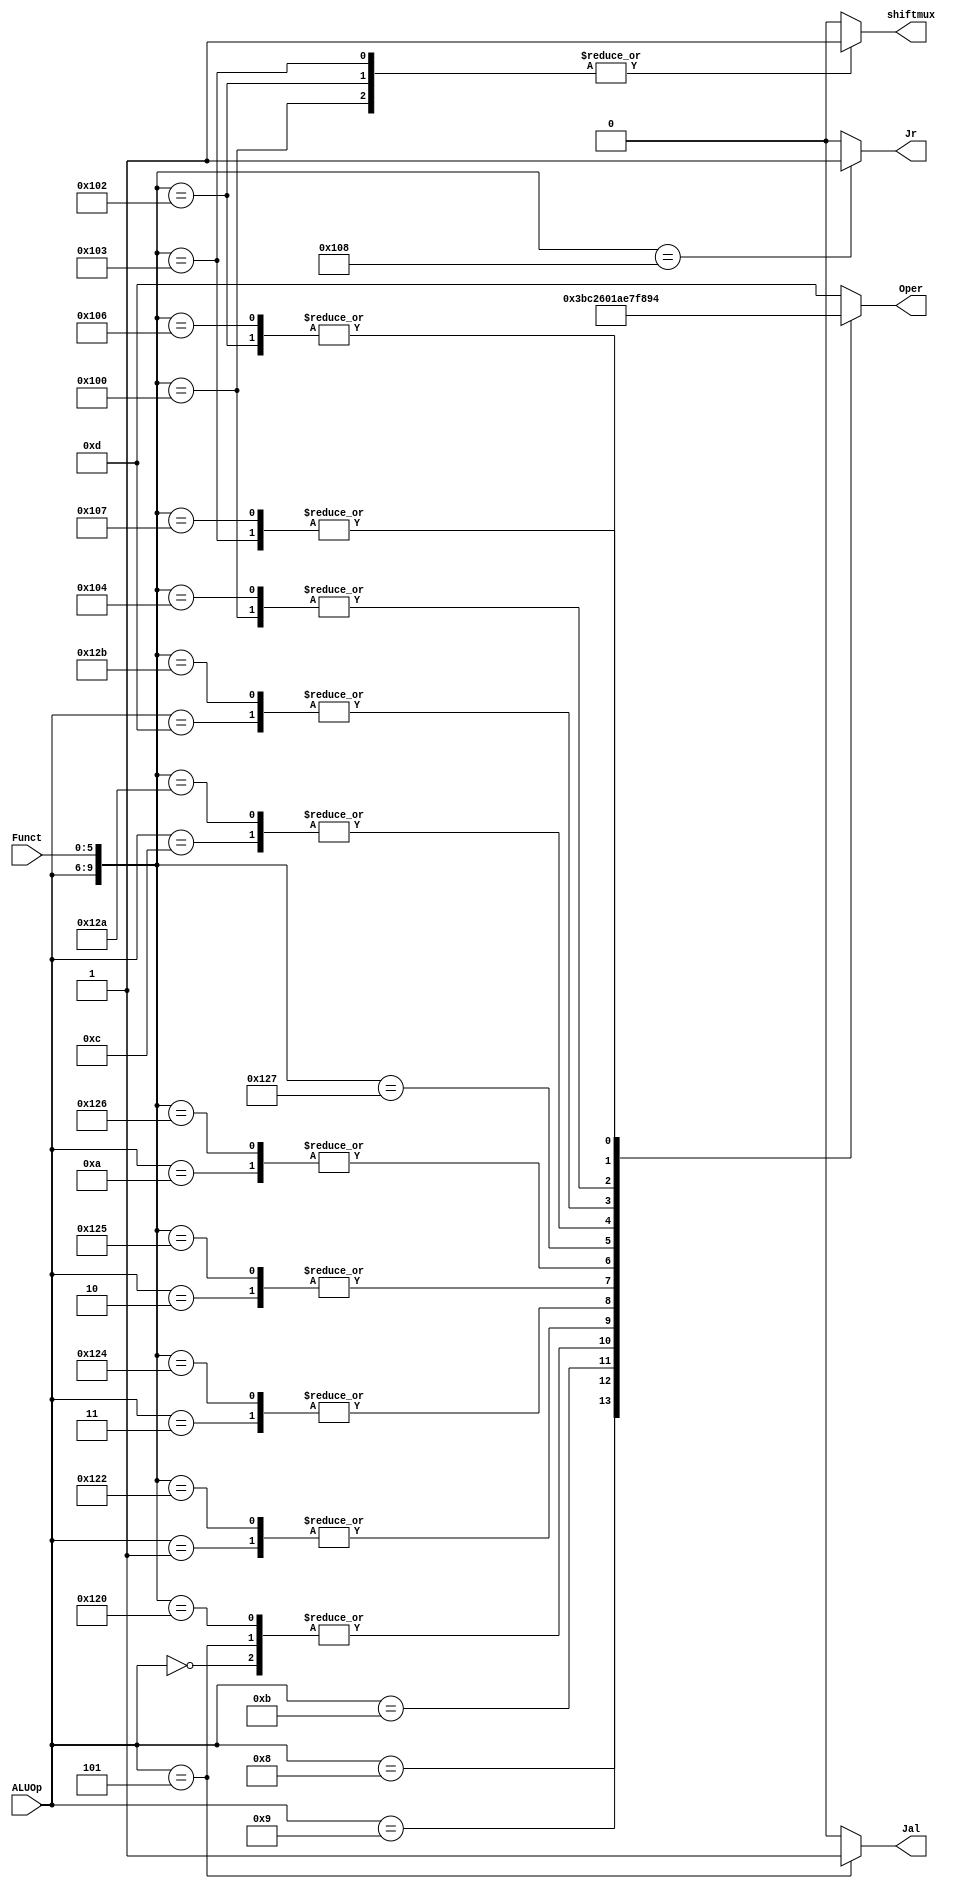
`timescale 1ns / 1ps
//////////////////////////////////////////////////////////////////////////////////
// Company: 
// Engineer: 
// 
// Design Name: 
// Module Name: aluctr
// Project Name: 
// Target Devices: 
// Tool Versions: 
// Description: 
// 
// Dependencies: 
// 
// Revision:
// Revision 0.01 - File Created
// Additional Comments:
// 
//////////////////////////////////////////////////////////////////////////////////


module aluctr(
    input [3:0] ALUOp,
    input [5:0] Funct,
    output [3:0] Oper,
    output reg shiftmux,
    output reg Jal,
    output reg Jr
    );
    
    reg [3:0]OPER;
    
    assign Oper=OPER;
    
    always@(ALUOp or Funct)
     begin
        shiftmux=0;
        Jal=0;
        Jr=0;
        casex({ALUOp,Funct})
            10'b0000xxxxxx://addi,lw,sw,j  
            OPER=4'b0010;//add
            
            10'b0101xxxxxx://jal  
            begin 
            Jal=1;
            OPER=4'b0010;//add
            end
            
            10'b0001xxxxxx:// beq   
            OPER=4'b0110;//sub

            10'b0010xxxxxx://i-or 
            OPER=4'b0001;//or
            
            10'b0011xxxxxx:// i-and
            OPER=4'b0000;
            
            10'b1000xxxxxx: //addiu
            OPER=4'b0011;
            
            10'b1010xxxxxx: //xori
            OPER=4'b1010;
            
            10'b1001xxxxxx: //lui
            OPER=4'b1011;
            
            10'b1011xxxxxx: //bne
            OPER=4'b1100;
            
            10'b1100xxxxxx: //slti
            OPER=4'b0111;
            
            10'b1101xxxxxx: //sltiu
            OPER=4'b1111;
            
            10'b0100100000://r-add addu 
            OPER=4'b0010;//add
           
            10'b0100100010: //r-sub subu
            OPER=4'b0110;//sub
            
            10'b0100100100://r-and
              OPER=4'b0000;//and

            10'b0100100101: //r-or
             OPER=4'b0001;//or
            
            10'b0100100110: //r-xor
             OPER=4'b1010;//xor
            
            10'b0100100111: //r-nor
             OPER=4'b1110;//nor
            
             10'b0100101010: //r-slt
            OPER=4'b0111;//slt
             
             10'b0100101011: //r-sltu
            OPER=4'b1111;//sltu
             
             10'b0100001000://r-jr
             begin
             Jr=1;
            OPER=4'b1101;//nothing
            end
            
            10'b0100000000://r-sll
            begin
            OPER=4'b1000; //sl
            shiftmux=1;
            end
            
            10'b0100000100: //r-sllv
             OPER=4'b1000;//sl
            
            10'b0100000010://r-srl
            begin
            OPER=4'b1001; //sr 
            shiftmux=1;
            end
            
            10'b0100000110: //srlv
             OPER=4'b1001; //sr 
             
            10'b0100000011://r-sra
            begin
            OPER=4'b0100; //sra
            shiftmux=1;
            end
             
            10'b0100000111://srav
            OPER=4'b0100; //sra
            
            default: 
            begin
            OPER=4'b1101;//nothing
            end
        endcase
    end
endmodule